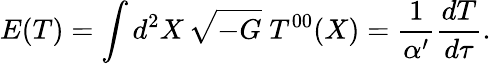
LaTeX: E(T)=\int d^{2}X\, \sqrt{-G}\; T^{00}(X)=\frac{1}{\alpha^{\prime}}\frac{dT}{d\tau}.